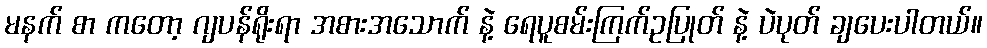
မနက် စာ ကတော့ ဂျပန်ရိုးရာ အစားအသောက် နဲ့ ရေပူစမ်းကြက်ဥပြုတ် နဲ့ ပဲပုတ် ချပေးပါတယ်။